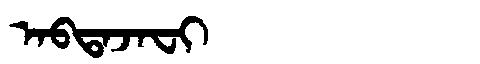
Manchu: ᠠᠪᡨᠠᠵᠠᠸᡳ
Romanization: ABTAJAFI